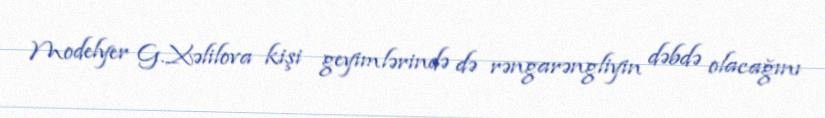
Modelyer G.Xəlilova kişi geyimlərində də rəngarəngliyin dəbdə olacağını